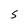
Character: 5